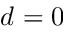
d = 0